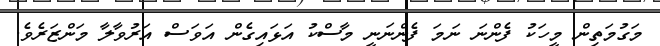
މަގުމަތިން މީހަކު ފެންނަ ނަމަ ފެންނަނީ މާސްކު އަޅައިގެން އަވަސް އަރުވާލާ މަންޒަރެވެ.